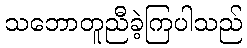
သဘောတူညီခဲ့ကြပါသည်